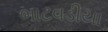
ભાટવડીયા